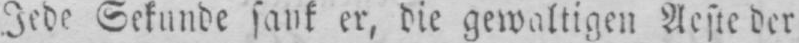
Jede Sekunde sank er, die gewaltigen Aeste der